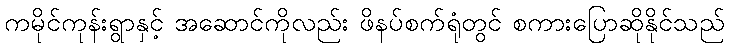
ကမိုင်ကုန်းရွာနှင့် အဆောင်ကိုလည်း ဖိနပ်စက်ရုံတွင် စကားပြောဆိုနိုင်သည်